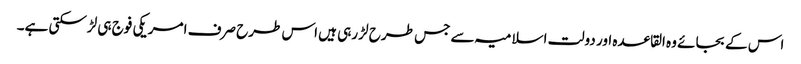
اس کے بجائے وہ القاعدہ اور دولت اسلامیہ سے جس طرح لڑ رہی ہیں اس طرح صرف امریکی فوج ہی لڑسکتی ہے۔